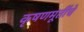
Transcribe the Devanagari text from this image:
कृषणमूर्तींचे